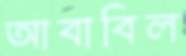
আবাবিল